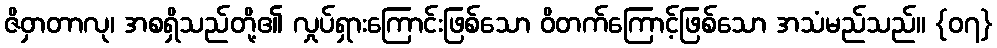
ဇိဝှာတာလု၊ အစရှိသည်တို့၏ လှုပ်ရှားကြောင်းဖြစ်သော ဝိတက်ကြောင့်ဖြစ်သော အသံမည်သည်။ {၀၇}